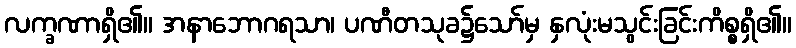
လက္ခဏာရှိ၏။ အနာဘောဂရသာ၊ ပဏီတသုခ၌သော်မှ နှလုံးမသွင်းခြင်းကိစ္စရှိ၏။